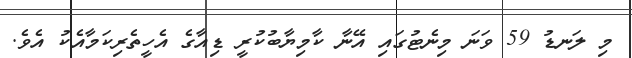
މި ލަނޑު 59 ވަނަ މިނެޓުގައި އޭނާ ކާމިޔާބުކުރީ ޑިއާގެ އެހީތެރިކަމާއެކު އެވެ.